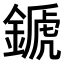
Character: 𨪉